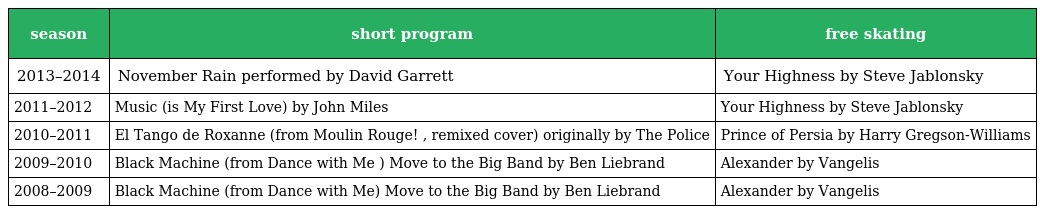
| season | short program | free skating |
 | --- | --- | --- |
 | 2013–2014 | November Rain performed by David Garrett | Your Highness by Steve Jablonsky |
 | 2011–2012 | Music (is My First Love) by John Miles | Your Highness by Steve Jablonsky |
 | 2010–2011 | El Tango de Roxanne (from Moulin Rouge! , remixed cover) originally by The Police | Prince of Persia by Harry Gregson-Williams |
 | 2009–2010 | Black Machine (from Dance with Me ) Move to the Big Band by Ben Liebrand | Alexander by Vangelis |
 | 2008–2009 | Black Machine (from Dance with Me) Move to the Big Band by Ben Liebrand | Alexander by Vangelis |